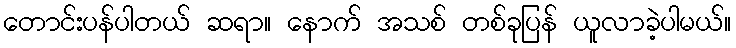
တောင်းပန်ပါတယ် ဆရာ။ နောက် အသစ် တစ်ခုပြန် ယူလာခဲ့ပါမယ်။